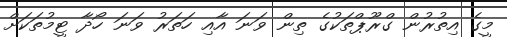
މީގެ އިތުރުން ގްރޫޕްތަކުގެ ތިން ވަނަ އާއި ހަތަރު ވަނަ ހޯދާ ޓީމުތަކަށް